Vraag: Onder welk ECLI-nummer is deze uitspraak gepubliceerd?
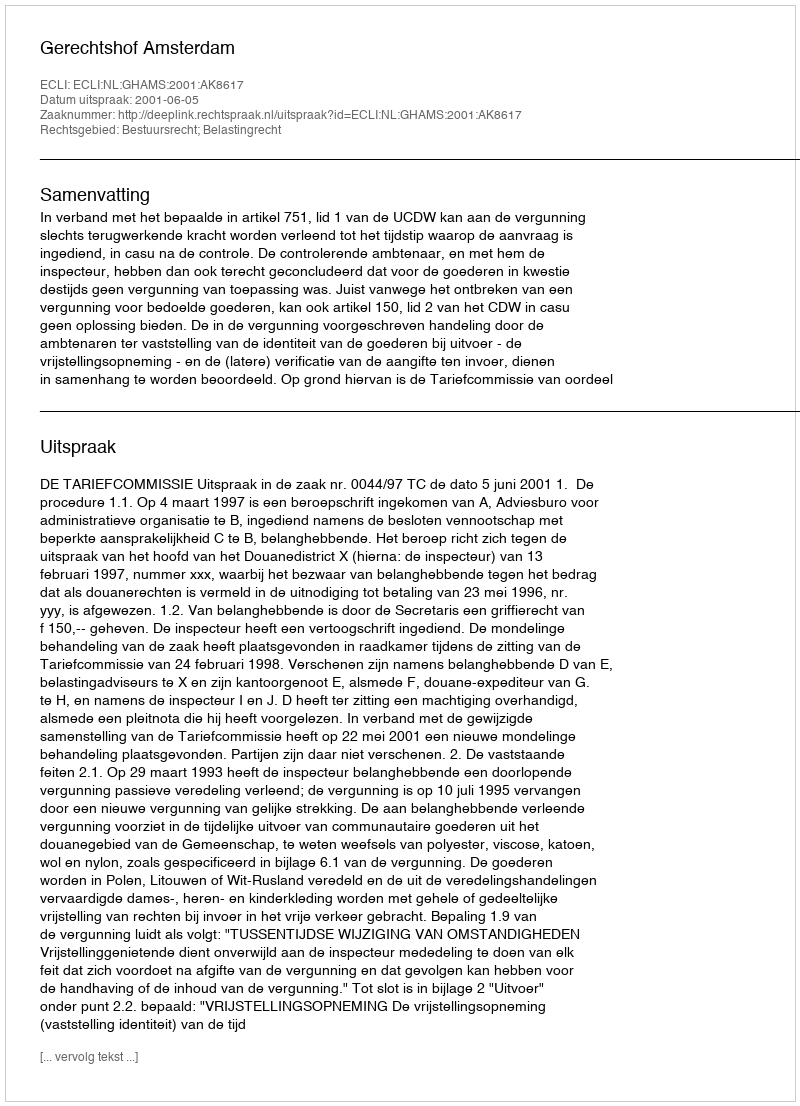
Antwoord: ECLI:NL:GHAMS:2001:AK8617